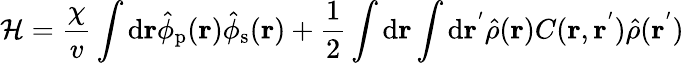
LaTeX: \mathcal{H}=\frac{\chi}{v}\int\mathrm{d}{\mathbf{r}}\hat{\phi}_{\mathrm{p}}(\mathbf{r})\hat{\phi}_{\mathrm{s}}(\mathbf{r})+\frac{1}{2}\int\mathrm{d}{\mathbf{r}}\int\mathrm{d}{\mathbf{r^{'}}}\hat{\rho}(\mathbf{r})C(\mathbf{r},\mathbf{r^{'}})\hat{\rho}(\mathbf{r}^{'})